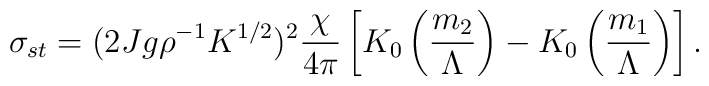
\sigma_{st} = (2Jg\rho^{-1}K^{1/2})^2 {\chi \over 4\pi} \left[ K_0 \left( {m_2 \over \Lambda} \right) - K_0 \left( {m_1 \over \Lambda} \right) \right] .